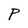
Character: P